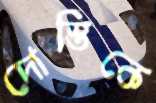
দোস্তিকে